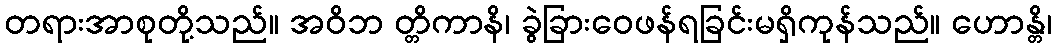
တရားအာစုတို့သည်။ အဝိဘ တ္တိကာနိ၊ ခွဲခြားဝေဖန်ရခြင်းမရှိကုန်သည်။ ဟောန္တိ၊